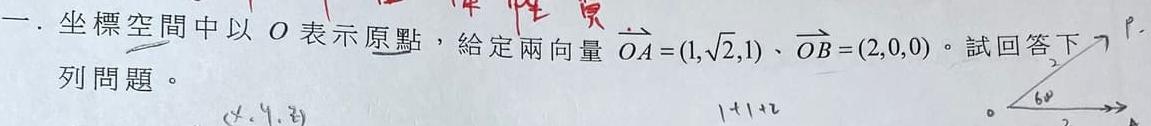
一. 坐標空間中以 \(O\) 表示原點，給定兩向量 \(\overrightarrow{OA}=(1,\sqrt{2},1)\)、\(\overrightarrow{OB}=(2,0,0)\)。試回答下列問題。